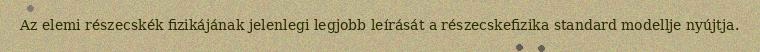
Az elemi részecskék fizikájának jelenlegi legjobb leírását a részecskefizika standard modellje nyújtja.